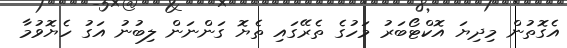
އެގޮތުން މިދިޔަ އޮކްޓޯބަރު މަހުގެ ތެރޭގައި ތެޔޮ ގަންނަން ލިބުނު އަގު ހެޔޮވުމާ